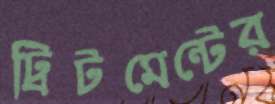
ট্রিটমেন্টের